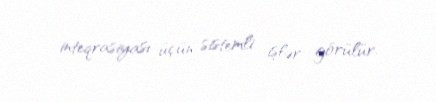
inteqrasiyası üçün sistemli işlər görülür.